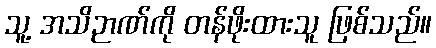
သူ့ အသိဉာဏ်ကို တန်ဖိုးထားသူ ဖြစ်သည်။